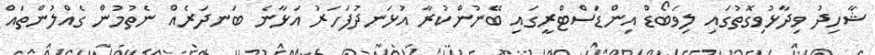
ޝާހިދު ވިދާޅުވިގޮތުގައި ލިވަބޯޑް އިންޑަސްޓްރީގައި ބޭނުންކުރާ އުޅަނދުފަހަރު އަޅާނެ ބަނދަރެއް ނެތުމުން ގެއްލުންތައް